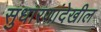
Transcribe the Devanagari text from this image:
सुधारणांदेखील